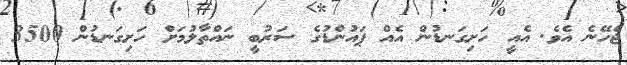
ޖެހޭނެ އެވެ. އެއީ ހަށިގަނޑުން އެއް ޕައުންޑުގެ ސަރުބީ ނައްތާލުމަށް ހަށިގަނޑުން 3500